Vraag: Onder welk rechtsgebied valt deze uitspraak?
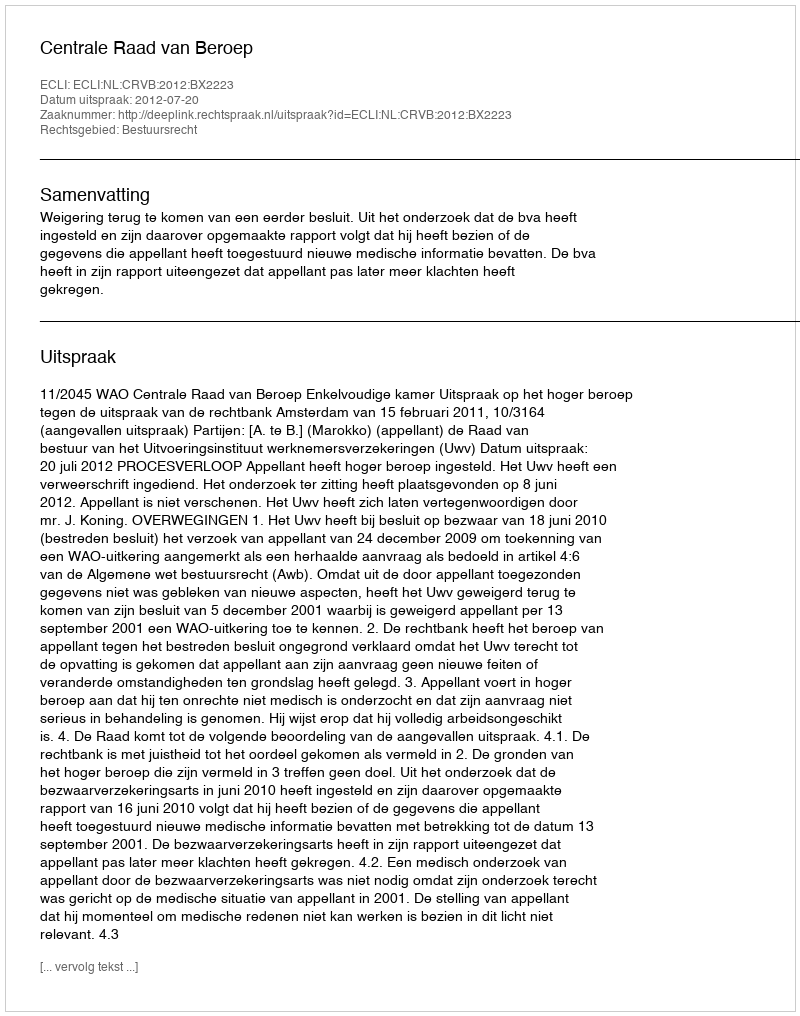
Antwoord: Bestuursrecht